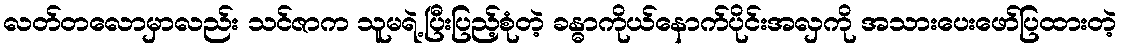
လတ်တလောမှာလည်း သင်ဇာက သူမရဲ့ပြီးပြည့်စုံတဲ့ ခန္ဓာကိုယ်နောက်ပိုင်းအလှကို အသားပေးဖော်ပြထားတဲ့